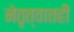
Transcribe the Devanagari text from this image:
नेतृत्वातही